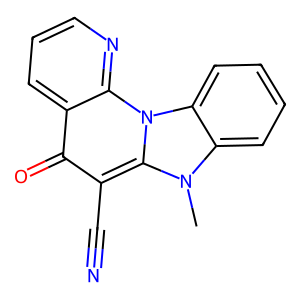
SMILES: Cn1c2ccccc2n2c3ncccc3c(=O)c(C#N)c12
Inhibits HIV replication: No